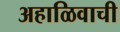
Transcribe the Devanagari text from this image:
अहाळिवाची